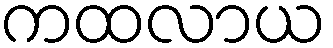
ကထလာယ